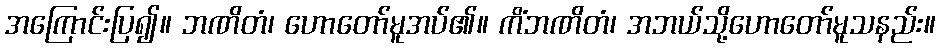
အကြောင်းပြ၍။ ဘဏိတံ၊ ဟောတော်မူအပ်၏။ ကိံဘဏိတံ၊ အဘယ်သို့ဟောတော်မူသနည်း။